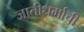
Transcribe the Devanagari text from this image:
जातीधर्माची